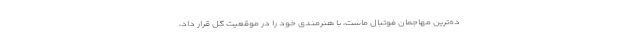
ده‌ترین مهاجمان فوتبال ماست، با هنرمندی خود را در موقعیت گل قرار داد،